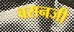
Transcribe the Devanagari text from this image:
वसनजी